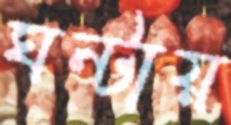
ঘন্টায়